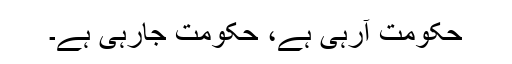
حکومت آرہی ہے، حکومت جارہی ہے۔